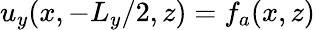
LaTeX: u_{y}(x,-L_{y}/2,z)=f_{a}(x,z)